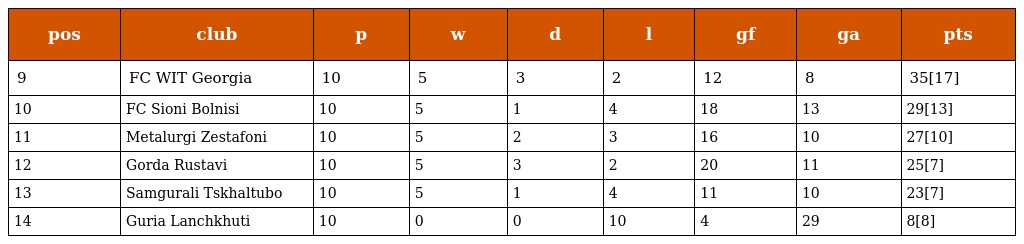
| pos | club | p | w | d | l | gf | ga | pts |
 | --- | --- | --- | --- | --- | --- | --- | --- | --- |
 | 9 | FC WIT Georgia | 10 | 5 | 3 | 2 | 12 | 8 | 35[17] |
 | 10 | FC Sioni Bolnisi | 10 | 5 | 1 | 4 | 18 | 13 | 29[13] |
 | 11 | Metalurgi Zestafoni | 10 | 5 | 2 | 3 | 16 | 10 | 27[10] |
 | 12 | Gorda Rustavi | 10 | 5 | 3 | 2 | 20 | 11 | 25[7] |
 | 13 | Samgurali Tskhaltubo | 10 | 5 | 1 | 4 | 11 | 10 | 23[7] |
 | 14 | Guria Lanchkhuti | 10 | 0 | 0 | 10 | 4 | 29 | 8[8] |